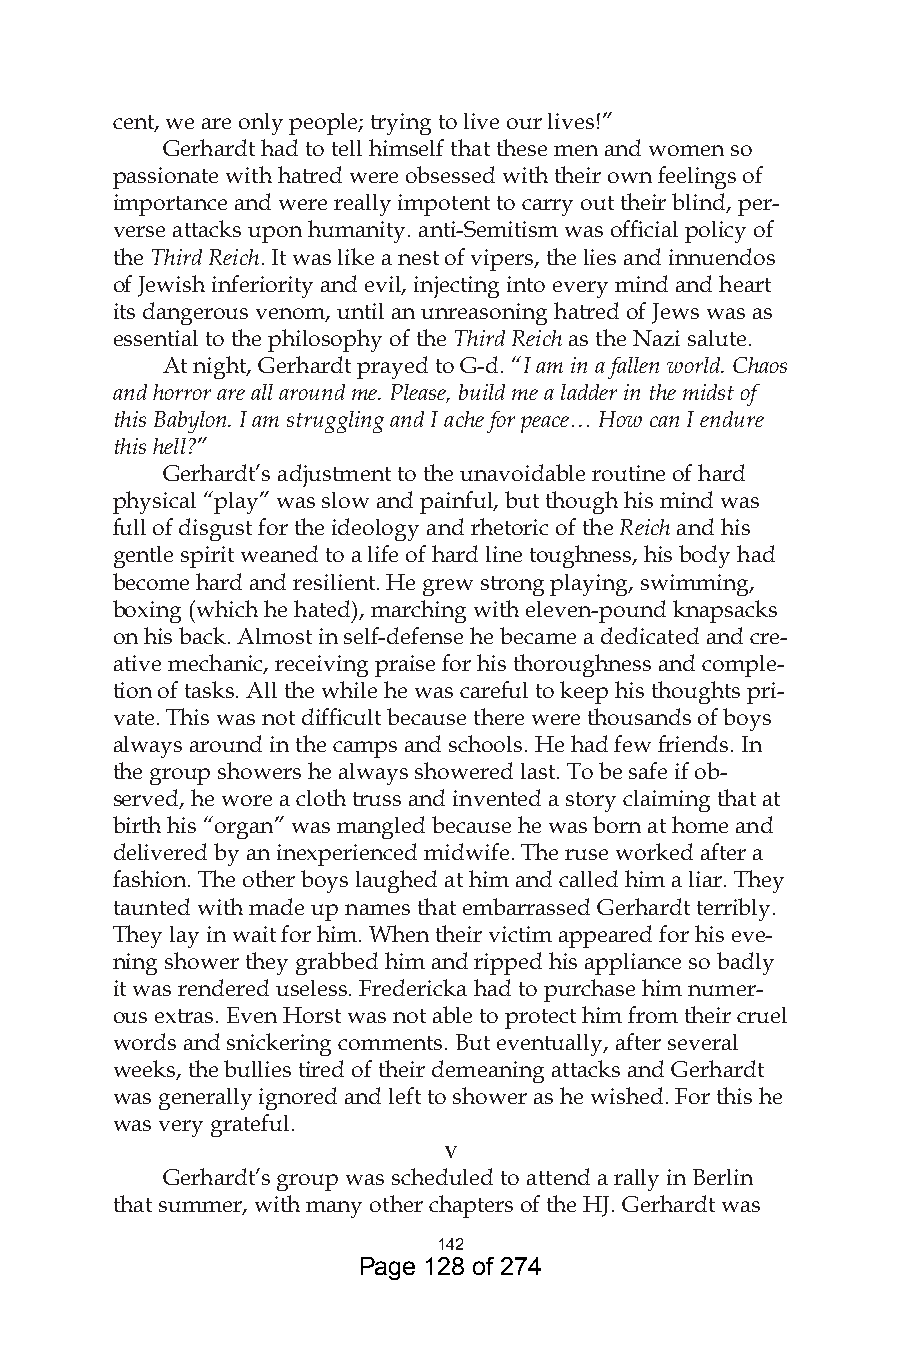
cent, we are only people; trying to live our lives!”
 Gerhardt had to tell himself that these men and women so
 passionate with hatred were obsessed with their own feelings of
 importance and were really impotent to carry out their blind, per-
 verse attacks upon humanity. anti-Semitism was official policy of
 the Third Reich. It was like a nest of vipers, the lies and innuendos
 of Jewish inferiority and evil, injecting into every mind and heart
 its dangerous venom, until an unreasoning hatred of Jews was as
 essential to the philosophy of the Third Reich as the Nazi salute.
 At night, Gerhardt prayed to G-d. “I am in a fallen world. Chaos
 and horror are all around me. Please, build me a ladder in the midst of
 this Babylon. I am struggling and I ache for peace… How can I endure
 this hell?”
 Gerhardt’s adjustment to the unavoidable routine of hard
 physical “play” was slow and painful, but though his mind was
 full of disgust for the ideology and rhetoric of the Reich and his
 gentle spirit weaned to a life of hard line toughness, his body had
 become hard and resilient. He grew strong playing, swimming,
 boxing (which he hated), marching with eleven-pound knapsacks
 on his back. Almost in self-defense he became a dedicated and cre-
 ative mechanic, receiving praise for his thoroughness and comple-
 tion of tasks. All the while he was careful to keep his thoughts pri-
 vate. This was not difficult because there were thousands of boys
 always around in the camps and schools. He had few friends. In
 the group showers he always showered last. To be safe if ob-
 served, he wore a cloth truss and invented a story claiming that at
 birth his “organ” was mangled because he was born at home and
 delivered by an inexperienced midwife. The ruse worked after a
 fashion. The other boys laughed at him and called him a liar. They
 taunted with made up names that embarrassed Gerhardt terribly.
 They lay in wait for him. When their victim appeared for his eve-
 ning shower they grabbed him and ripped his appliance so badly
 it was rendered useless. Fredericka had to purchase him numer-
 ous extras. Even Horst was not able to protect him from their cruel
 words and snickering comments. But eventually, after several
 weeks, the bullies tired of their demeaning attacks and Gerhardt
 was generally ignored and left to shower as he wished. For this he
 was very grateful.
 v
 Gerhardt’s group was scheduled to attend a rally in Berlin
 that summer, with many other chapters of the HJ. Gerhardt was
 4
 Page 128 of 274